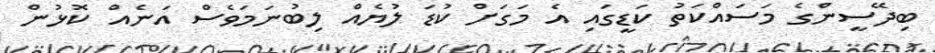
ބިދޭސީންގެ މަސައްކަތު ކަޑީގައި އެ މަގަށް ކުޑަ ލުޔެއް ލިބުނަމަވެސް އަނެއް ކޮޅުން